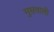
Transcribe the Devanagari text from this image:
मुसवाली